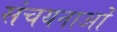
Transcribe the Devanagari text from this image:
संचयनाओं